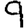
Digit: 9